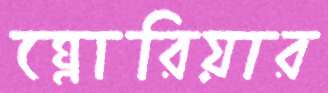
গ্লোরিয়ার